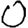
Digit: 0